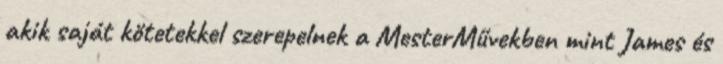
akik saját kötetekkel szerepelnek a MesterMűvekben mint James és